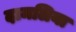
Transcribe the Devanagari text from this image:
दामलिया